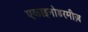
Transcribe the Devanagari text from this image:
एकाइनोडरमीज़